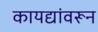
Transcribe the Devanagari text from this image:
कायद्यांवरून